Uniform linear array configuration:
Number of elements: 24
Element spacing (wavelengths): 1
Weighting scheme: hamming
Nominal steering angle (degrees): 15
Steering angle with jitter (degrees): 14.193
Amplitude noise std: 0.05
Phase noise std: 0.05

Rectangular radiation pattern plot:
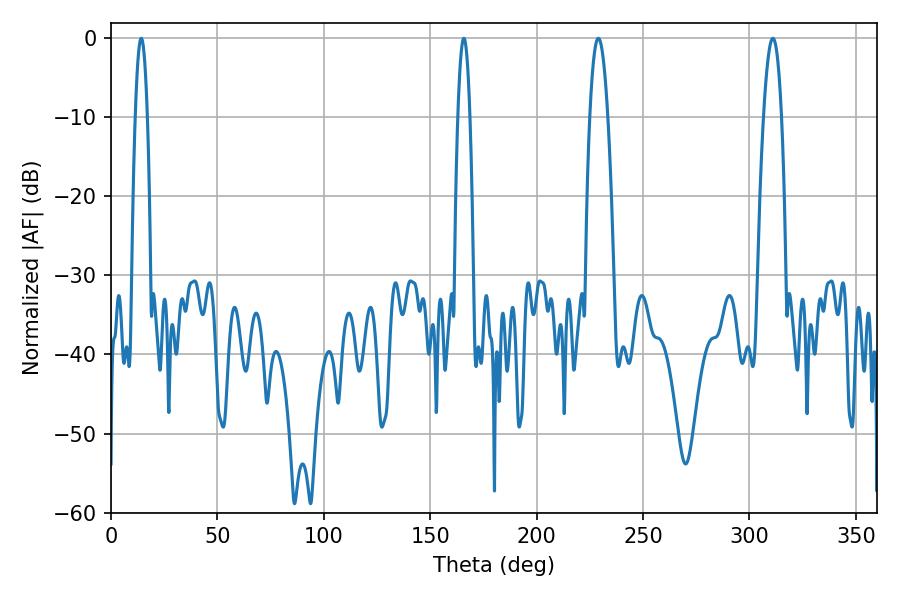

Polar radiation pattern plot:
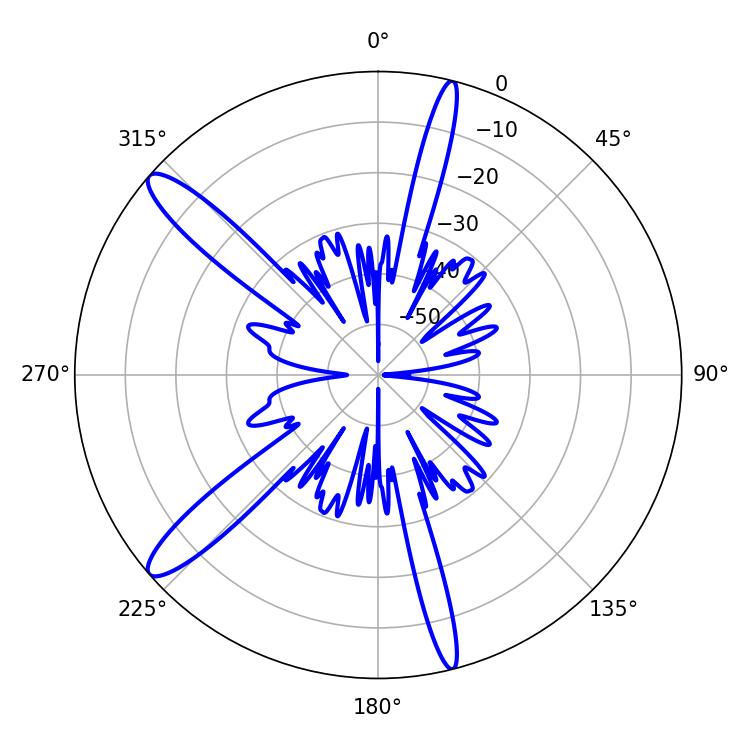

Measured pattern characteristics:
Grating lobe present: TRUE
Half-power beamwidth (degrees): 3.06
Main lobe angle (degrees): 14.22